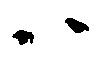
ハ